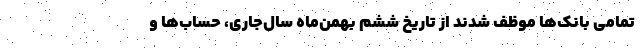
تمامی بانک‌ها موظف شدند از تاریخ ششم بهمن‌ماه سال‌جاری، حساب‌ها و